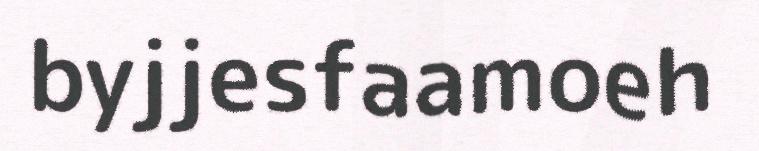
byjjesfaamoeh